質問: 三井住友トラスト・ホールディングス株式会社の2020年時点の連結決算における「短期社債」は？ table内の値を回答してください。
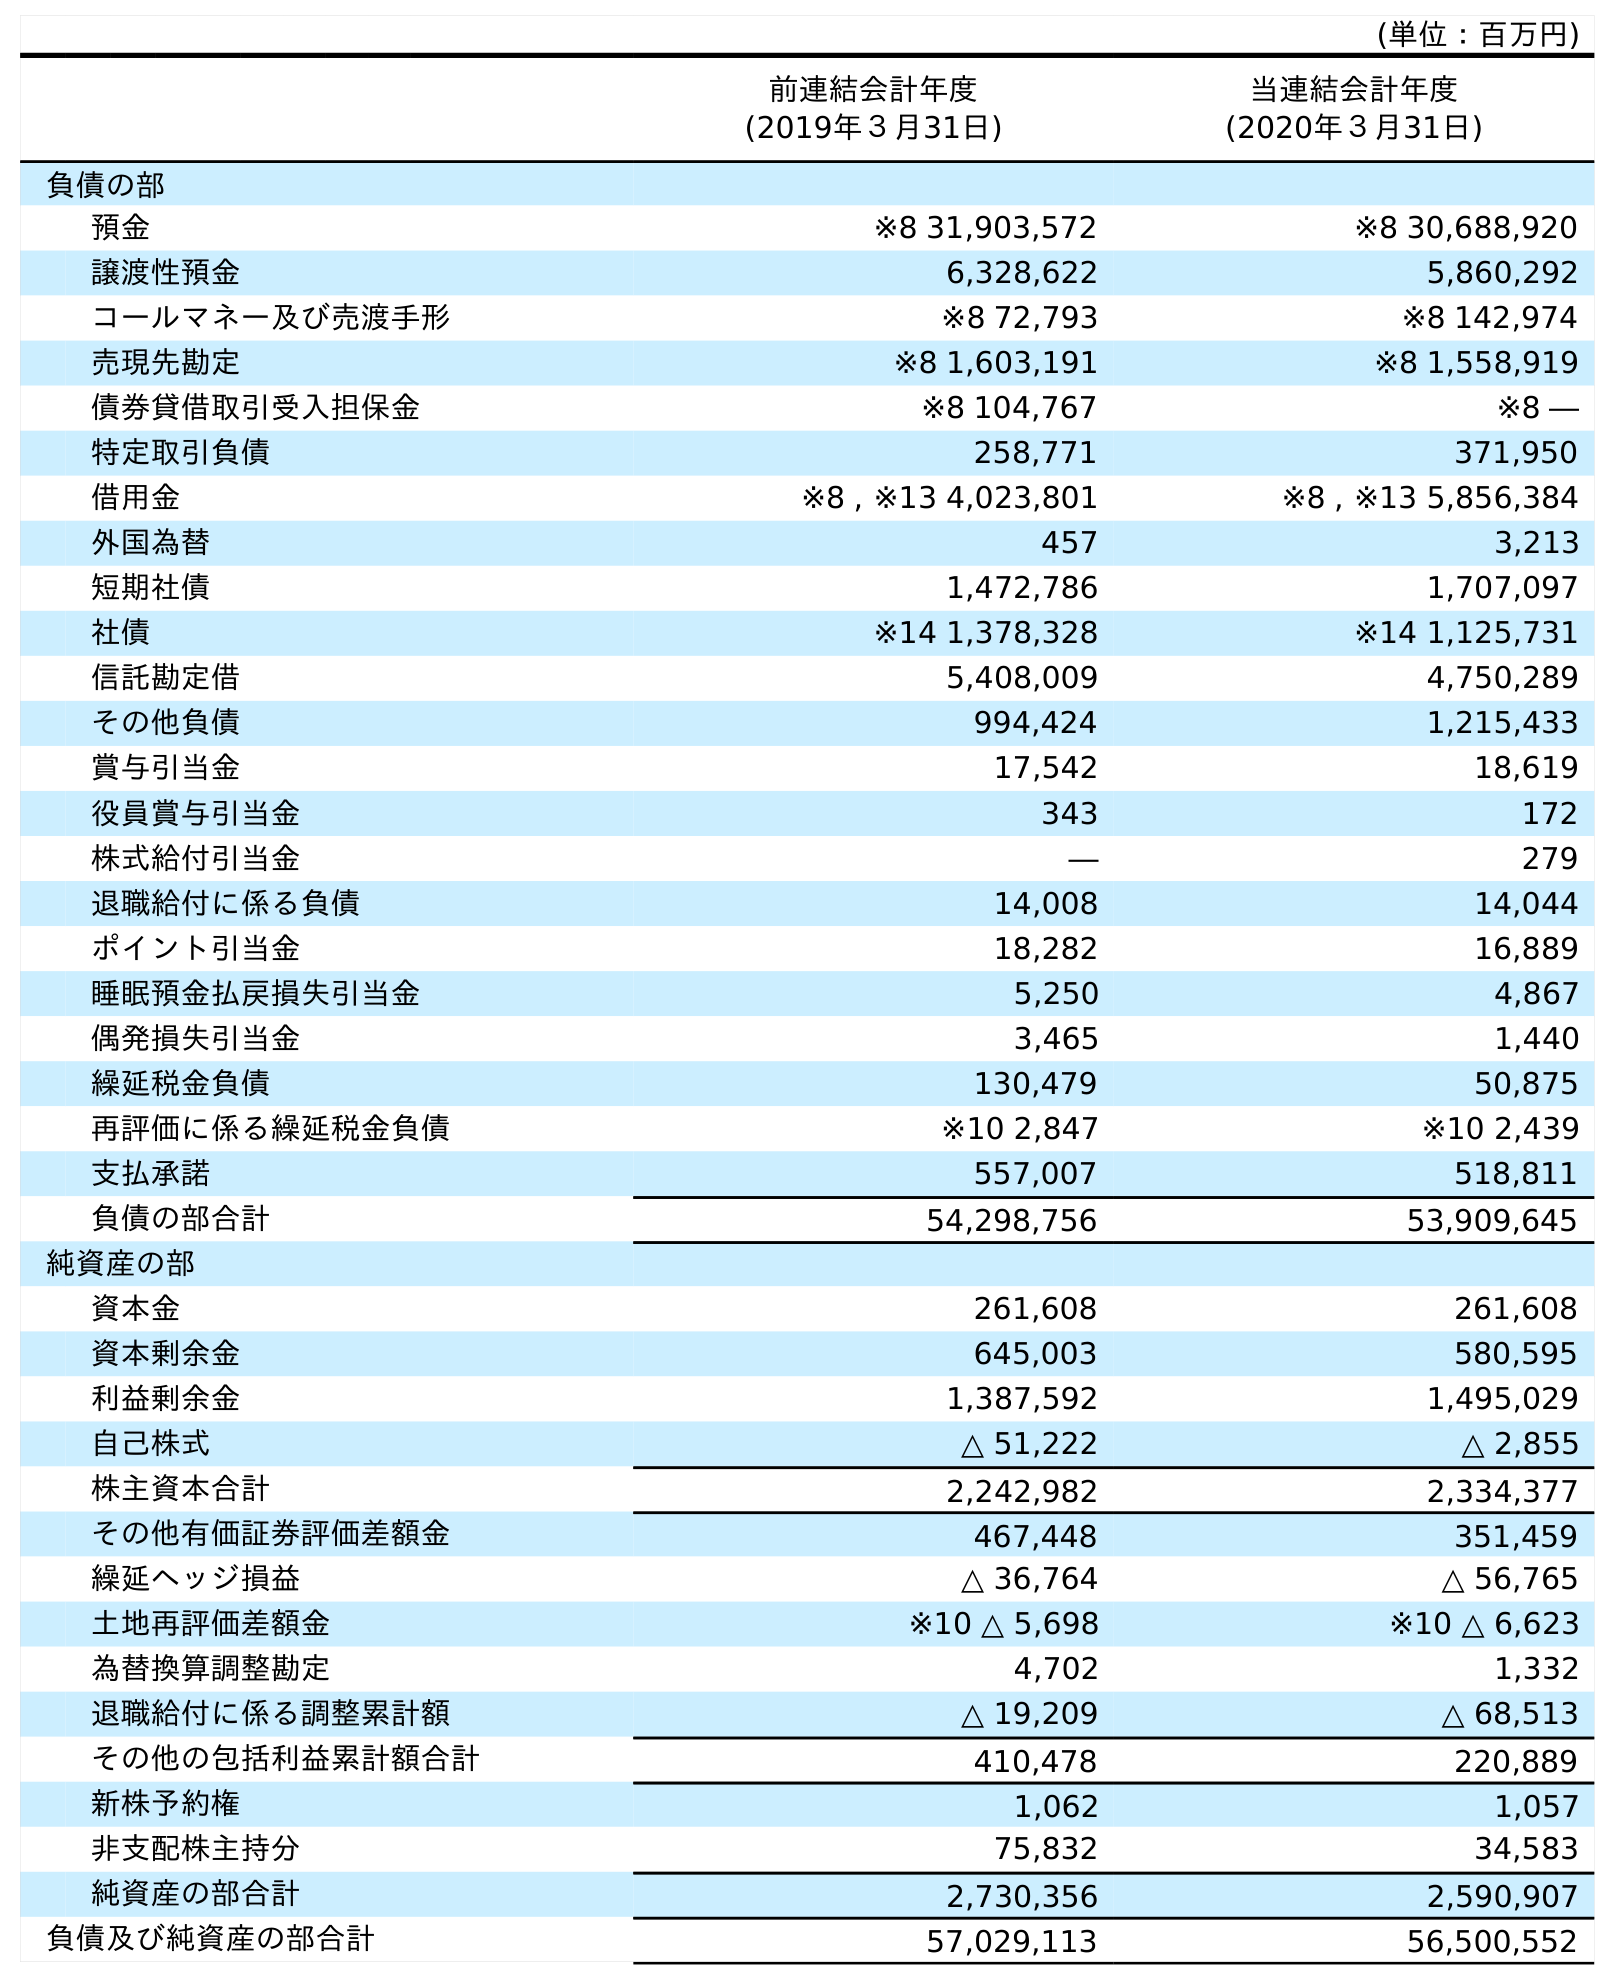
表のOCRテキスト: (単位：百万円) 前連結会計年度 (2019年３月31日) 当連結会計年度 (2020年３月31日) 負債の部 預金 ※8 31,903,572 ※8 30,688,920 譲渡性預金 6,328,622 5,860,292 コールマネー及び売渡手形 ※8 72,793 ※8 142,974 売現先勘定 ※8 1,603,191 ※8 1,558,919 債券貸借取引受入担保金 ※8 104,767 ※8 ― 特定取引負債 258,771 371,950 借用金 ※8 , ※13 4,023,801 ※8 , ※13 5,856,384 外国為替 457 3,213 短期社債 1,472,786 1,707,097 社債 ※14 1,378,328 ※14 1,125,731 信託勘定借 5,408,009 4,750,289 その他負債 994,424 1,215,433 賞与引当金 17,542 18,619 役員賞与引当金 343 172 株式給付引当金 ― 279 退職給付に係る負債 14,008 14,044 ポイント引当金 18,282 16,889 睡眠預金払戻損失引当金 5,250 4,867 偶発損失引当金 3,465 1,440 繰延税金負債 130,479 50,875 再評価に係る繰延税金負債 ※10 2,847 ※10 2,439 支払承諾 557,007 518,811 負債の部合計 54,298,756 53,909,645 純資産の部 資本金 261,608 261,608 資本剰余金 645,003 580,595 利益剰余金 1,387,592 1,495,029 自己株式 △ 51,222 △ 2,855 株主資本合計 2,242,982 2,334,377 その他有価証券評価差額金 467,448 351,459 繰延ヘッジ損益 △ 36,764 △ 56,765 土地再評価差額金 ※10 △ 5,698 ※10 △ 6,623 為替換算調整勘定 4,702 1,332 退職給付に係る調整累計額 △ 19,209 △ 68,513 その他の包括利益累計額合計 410,478 220,889 新株予約権 1,062 1,057 非支配株主持分 75,832 34,583 純資産の部合計 2,730,356 2,590,907 負債及び純資産の部合計 57,029,113 56,500,552
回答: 1,707,097